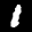
Label: 1